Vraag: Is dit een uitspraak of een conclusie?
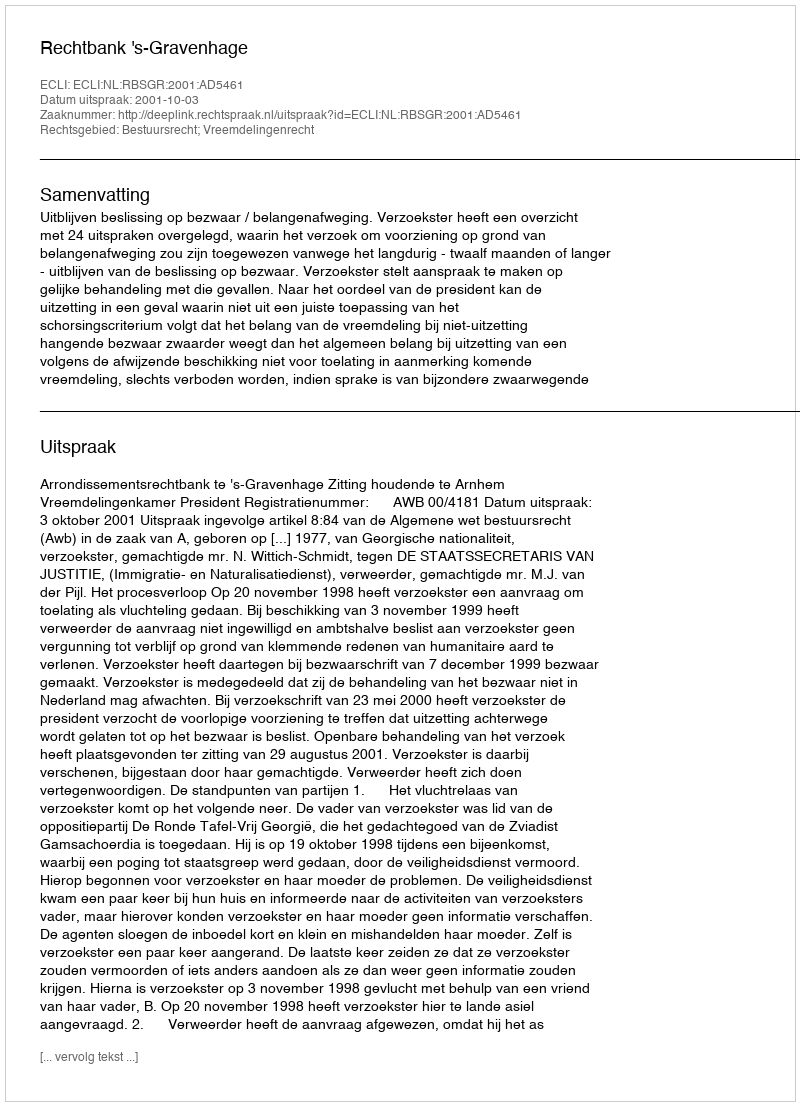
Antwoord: Uitspraak